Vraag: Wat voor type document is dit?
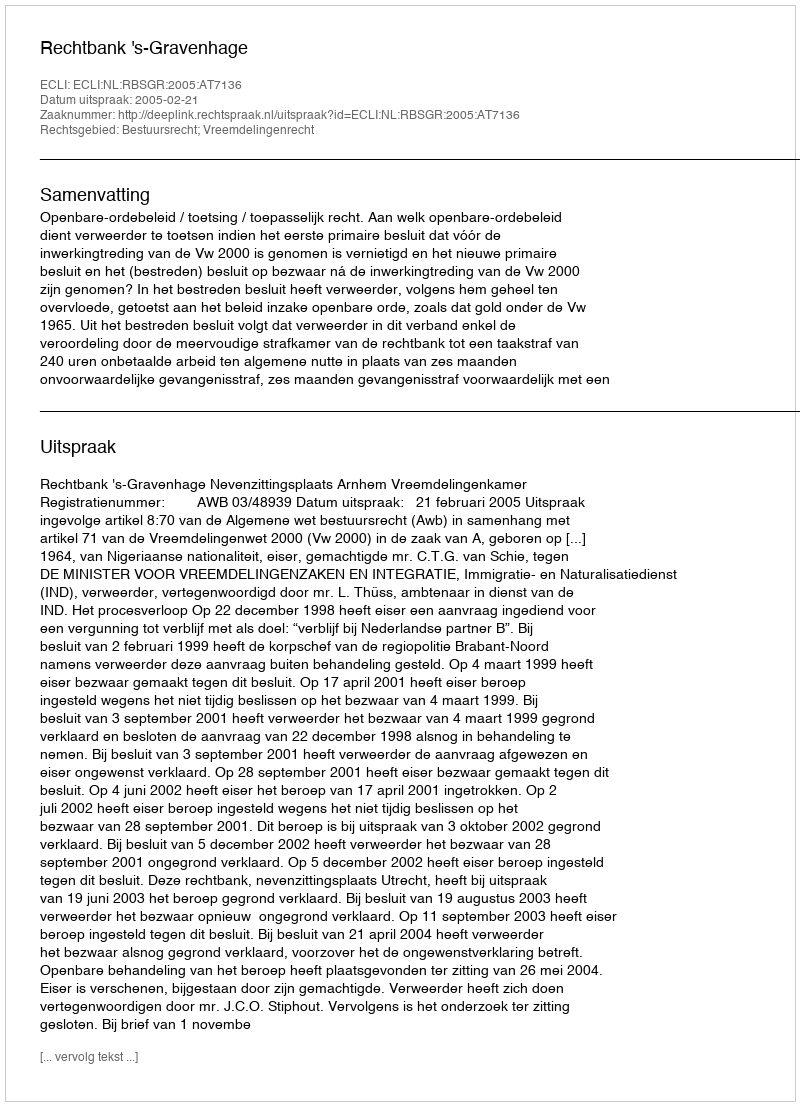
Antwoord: Uitspraak